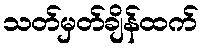
သတ်မှတ်ချိန်ထက်